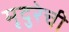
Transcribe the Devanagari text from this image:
मृदुरेची